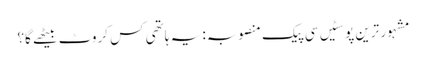
مشہور ترین پوسٹیں	سی پیک منصوبہ: یہ ہاتھی کس کروٹ بیٹھے گا؟